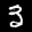
Label: 3